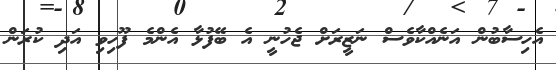
އެހިސާބުން އަނެއްކާވެސް ނަޒީރަށް ޖެހުނީ އެ ބޭފުޅާ އެންމެ ފޫހިވި އަދި ކުރަން